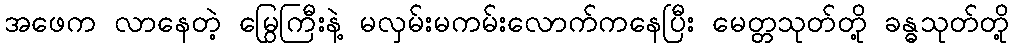
အဖေက လာနေတဲ့ မြွေကြီးနဲ့ မလှမ်းမကမ်းလောက်ကနေပြီး မေတ္တသုတ်တို့ ခန္ဓသုတ်တို့